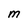
Character: M